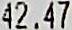
42.47